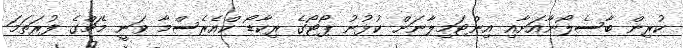
ކުރިން ބާސެލޯނާއަށާއި އިންޓަމިލާނަށް ކުޅުނު ޕޯޓޯގެ ރިކާޑޯ ކްއެރެސްމާ ވަނީ މެޗްގެ ފުރަތަމަ